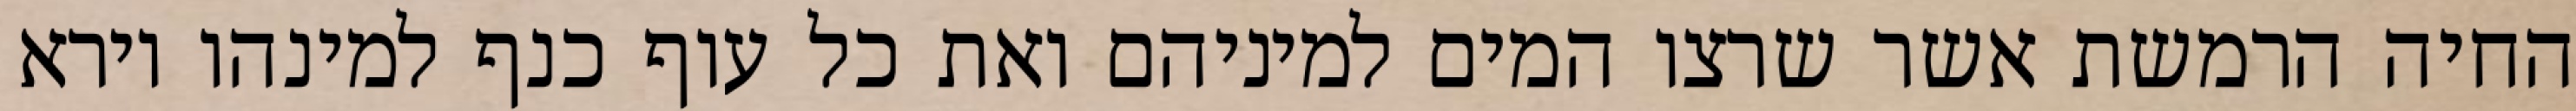
החיה הרמשת אשר שרצו המים למיניהם ואת כל עוף כנף למינהו וירא